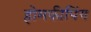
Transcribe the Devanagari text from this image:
होमकीपिंग